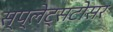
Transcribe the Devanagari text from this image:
स्प्लेट्सटोसर